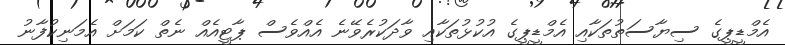
އެމްޑީޕީގެ ސިޔާސަތުތަކާއި އެމްޑީޕީގެ އުކުޅުތަކާއި ވާދަކުރެވޭނެ އެއްވެސް ޕާޓީއެއް ނެތް ކަމަށް އެމަނިކުފާނު